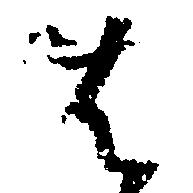
は